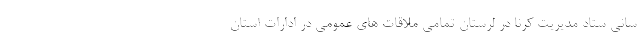
سانی ستاد مدیریت کرنا در لرستان تمامی ملاقات های عمومی در ادارات استان